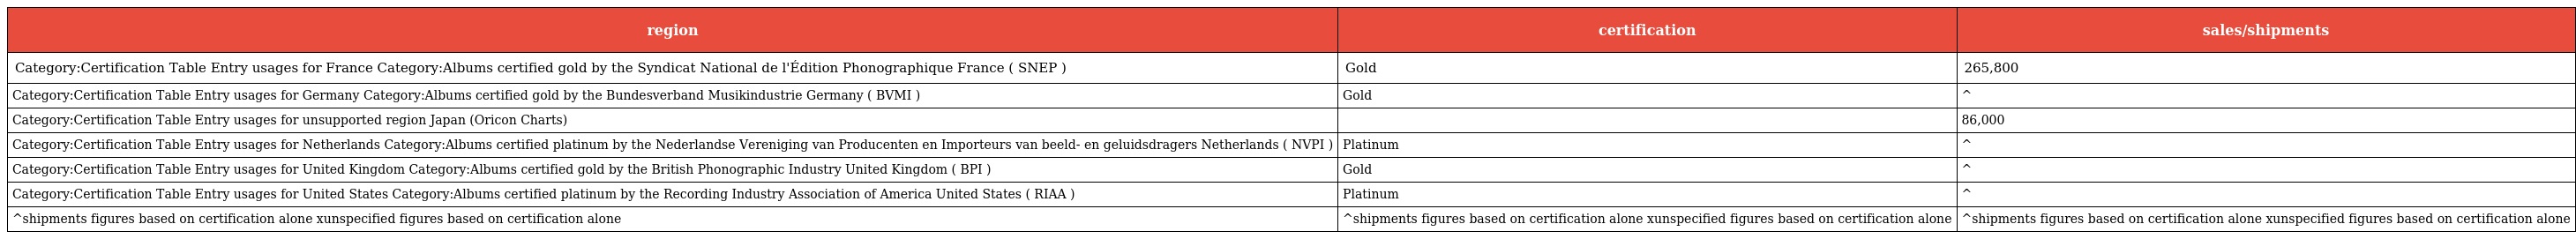
| region | certification | sales/shipments |
 | --- | --- | --- |
 | Category:Certification Table Entry usages for France Category:Albums certified gold by the Syndicat National de l'Édition Phonographique France ( SNEP ) | Gold | 265,800 |
 | Category:Certification Table Entry usages for Germany Category:Albums certified gold by the Bundesverband Musikindustrie Germany ( BVMI ) | Gold | ^ |
 | Category:Certification Table Entry usages for unsupported region Japan (Oricon Charts) |  | 86,000 |
 | Category:Certification Table Entry usages for Netherlands Category:Albums certified platinum by the Nederlandse Vereniging van Producenten en Importeurs van beeld- en geluidsdragers Netherlands ( NVPI ) | Platinum | ^ |
 | Category:Certification Table Entry usages for United Kingdom Category:Albums certified gold by the British Phonographic Industry United Kingdom ( BPI ) | Gold | ^ |
 | Category:Certification Table Entry usages for United States Category:Albums certified platinum by the Recording Industry Association of America United States ( RIAA ) | Platinum | ^ |
 | ^shipments figures based on certification alone xunspecified figures based on certification alone | ^shipments figures based on certification alone xunspecified figures based on certification alone | ^shipments figures based on certification alone xunspecified figures based on certification alone |